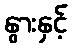
နွားနှင့်